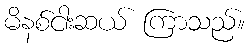
မိနစ်ငါးဆယ် ကြာသည်။